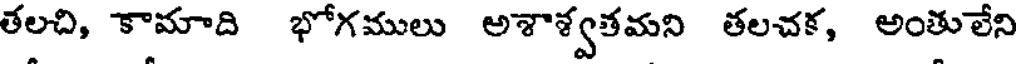
తలచి, కామాది భోగములు అశాశ్వతమని తలచక, అంతులేని